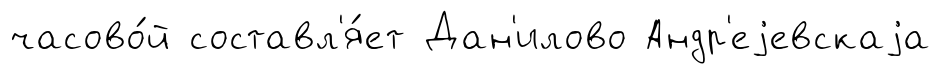
часово́й составл'я́ет Дан'илово Андр'еjевскаjа